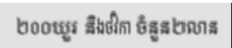
២០០យួរ និងថវិកា ចំនួន២លាន